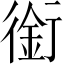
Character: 銜